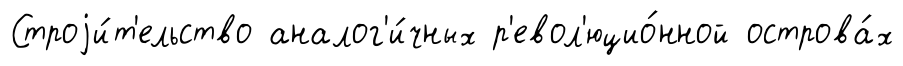
Строjи́т'ельство аналог'и́чных р'евол'юцио́нной острова́х